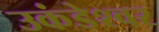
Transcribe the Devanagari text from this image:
उकंडेश्वर